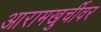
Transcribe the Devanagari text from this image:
आरामखुर्चीवर